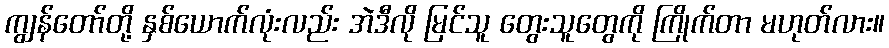
ကျွန်တော်တို့ နှစ်ယောက်လုံးလည်း အဲဒီလို မြင်သူ တွေးသူတွေကို ကြိုက်တာ မဟုတ်လား။